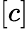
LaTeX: [c]